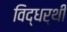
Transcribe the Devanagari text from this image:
विद्धर्थी